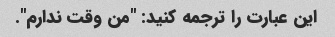
این عبارت را ترجمه کنید: "من وقت ندارم".